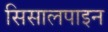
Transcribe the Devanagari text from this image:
सिसालपाइन